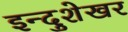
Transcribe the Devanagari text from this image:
इन्दुशेखर